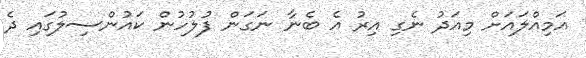
އަމިއްލައަށް މިއަދު ނެގި އިރު އެ ބެނާ ނަގަން ފުލުހުން ކައުންސިލުގައި ދެ